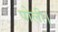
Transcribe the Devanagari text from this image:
पोली।